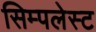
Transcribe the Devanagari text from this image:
सिम्पलेस्ट